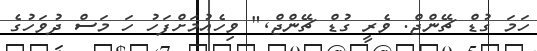
ހަމަ ގުޑް ޗޭންޖް. ވެރީ ގުޑް ޗޭންޖް